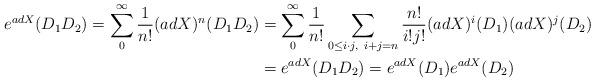
LaTeX: \begin{align*}e^{adX}(D_1D_2) = \sum_0^\infty\frac{1}{n!}(ad X)^n(D_1D_2) &= \sum_0^\infty\frac{1}{n!}\sum_{0\leq i\cdot j,~i+j = n}\frac{n!}{i!j!}(adX)^i(D_1)(adX)^j(D_2)\\& = e^{adX}(D_1D_2) = e^{adX}(D_1)e^{adX}(D_2)\end{align*}